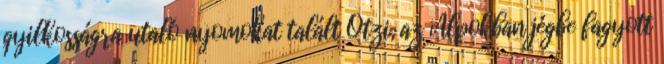
gyilkosságra utaló nyomokat talált Ötzi, az Alpokban jégbe fagyott